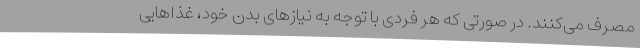
مصرف می‌کنند. در صورتی که هر فردی با توجه به نیازهای بدن خود، غذاهایی